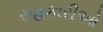
સહકારીઓ